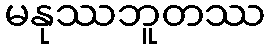
မနုဿဘူတဿ